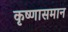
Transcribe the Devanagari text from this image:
कृष्णासमान